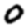
Digit: 0